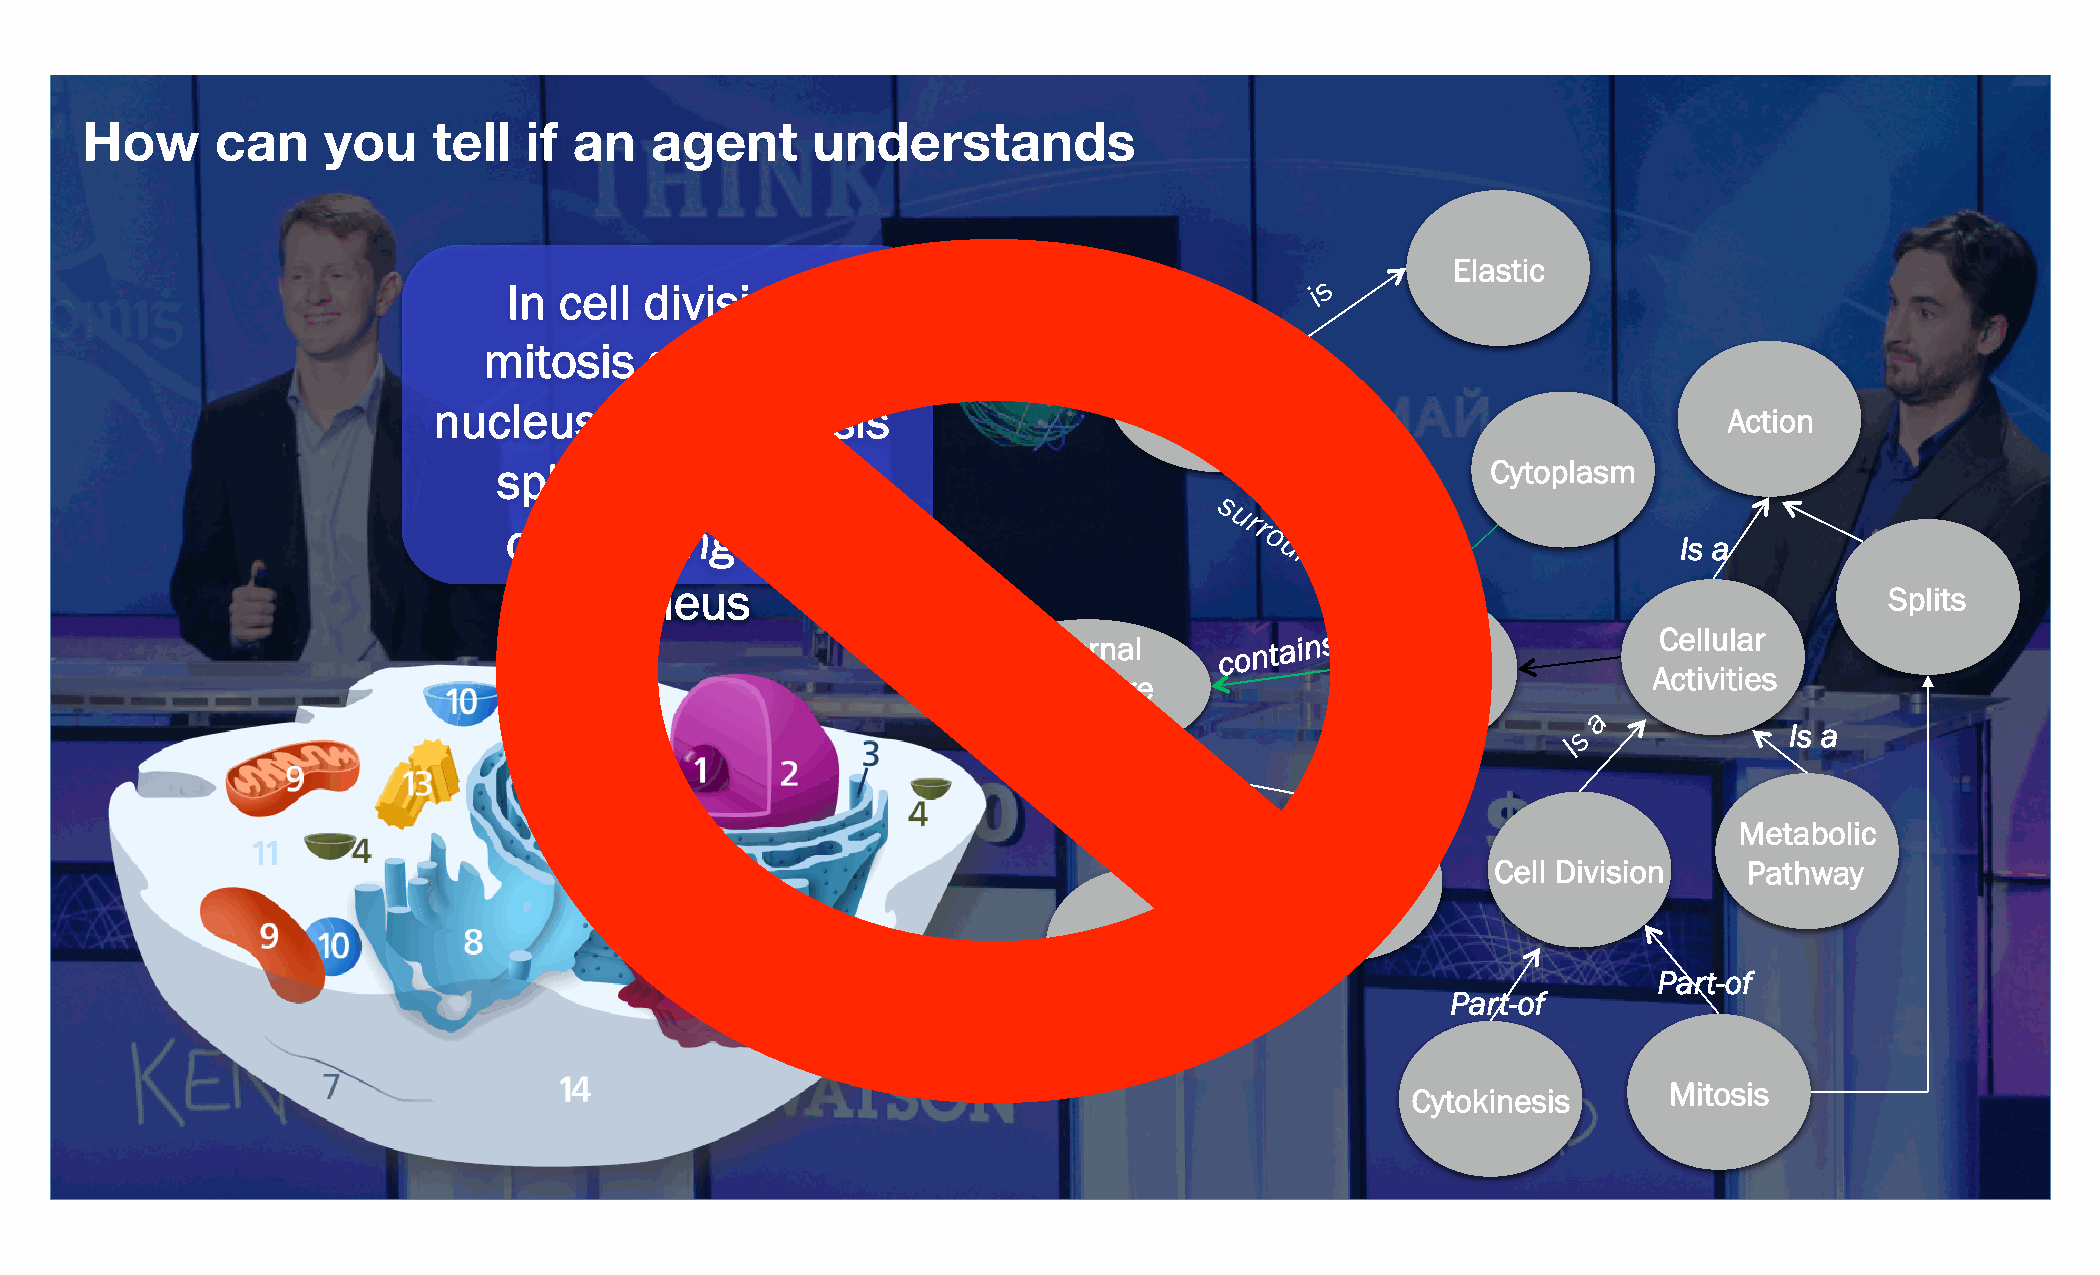
How      can    you     tell  if an   agent      understands
 Elastic
 In cell  division,
 mitosis    splits  the
 Cell
 nucleus    &  cytokinesis                      Membrane                              Action
 splits  this  liquid                                              Cytoplasm
 cushioning      the
 Is a
 nucleus                                                                               Splits
 Internal
 c
 on ta i n s                 Cellular
 Cell
 Activities
 Structure
 s
 Is a
 Is a
 Metabolic
 Cell Division    Pathway
 Nucleus
 Mitochondria
 Part-of
 Part-of
 Mitosis
 Cytokinesis